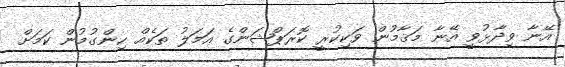
އޭނާ ވިދާޅުވީ އޭނާ މަޤާމުން ވަކިކުރީ ކޮރަޕްޝަންގެ އަމަލު ތަކެއް ހިންގުމުން ކަމަށް